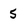
Character: 5